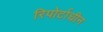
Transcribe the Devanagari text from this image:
रिपोर्टाधीन